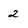
Character: 2